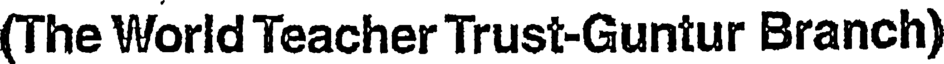
(The World Teacher Trust-Guntur Branch)